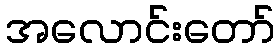
အလောင်းတော်